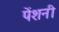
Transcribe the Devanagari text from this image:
पेंशनी